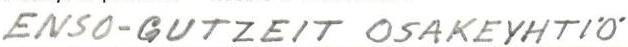
ENSO-GUTZEIT OSAKEYHTIÖ